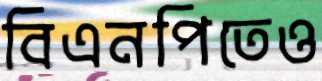
বিএনপিতেও